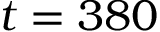
t = 3 8 0